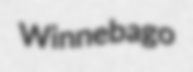
Winnebago